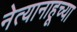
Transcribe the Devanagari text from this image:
नेत्यानाहूच्या